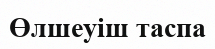
Өлшеуіш таспа